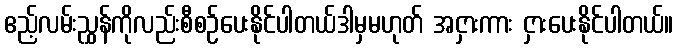
ဧည့်လမ်းညွှန်ကိုလည်းစီစဉ်ပေးနိုင်ပါတယ်ဒါမှမဟုတ် အငှားကား ငှားပေးနိုင်ပါတယ်။